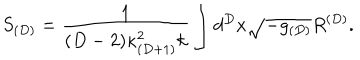
S _ { ( D ) } = \frac { 1 } { ( D - 2 ) \kappa _ { ( D + 1 ) } ^ { 2 } k } \int d ^ { D } x \sqrt { - g _ { ( D ) } } R ^ { ( D ) } .